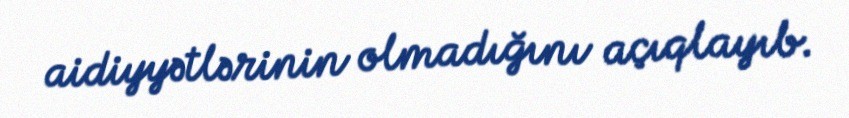
aidiyyətlərinin olmadığını açıqlayıb.